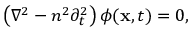
\left( \nabla ^ { 2 } - n ^ { 2 } \partial _ { t } ^ { 2 } \right) \phi ( { \bf x } , t ) = 0 ,